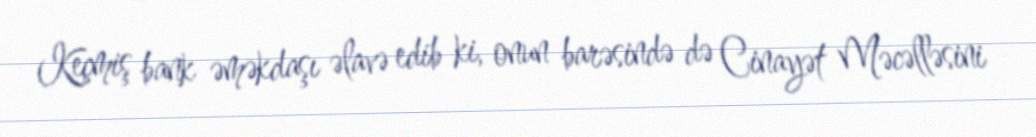
Keçmiş bank əməkdaşı əlavə edib ki, onun barəsində də Cinayət Məcəlləsini